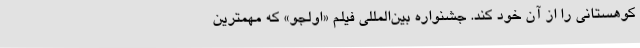
کوهستانی را از آن خود کند. جشنواره بین‌المللی فیلم‌ «اولجو» که مهمترین